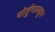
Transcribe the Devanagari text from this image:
पोर्तुगालहून